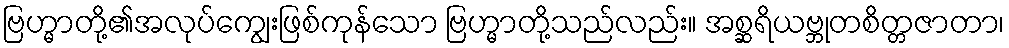
ဗြဟ္မာတို့၏အလုပ်ကျွေးဖြစ်ကုန်သော ဗြဟ္မာတို့သည်လည်း။ အစ္ဆရိယဗ္ဘုတစိတ္တဇာတာ၊